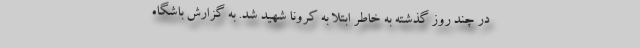
در چند روز گذشته به خاطر ابتلا به کرونا شهید شد. به گزارش باشگاه